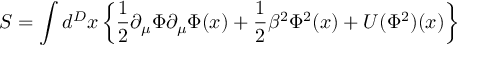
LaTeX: S = \int d ^ { D } x \left\{ \frac { 1 } { 2 } \partial _ { \mu } \Phi \partial _ { \mu } \Phi ( x ) + \frac { 1 } { 2 } \beta ^ { 2 } \Phi ^ { 2 } ( x ) + U ( \Phi ^ { 2 } ) ( x ) \right\}